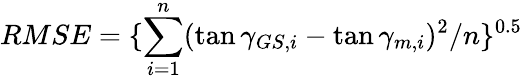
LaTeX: RMSE=\{ \sum_{i=1}^{n}(\tan{\gamma_{GS,i}}-\tan{\gamma_{m,i}})^{2}/n\} ^{0.5}